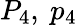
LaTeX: P_{4},\ p_{4}